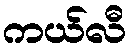
ကယ်လီ